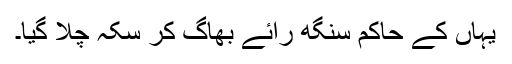
یہاں کے حاکم سنگھ رائے بھاگ کر سکہ چلا گیا۔